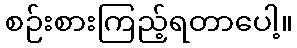
စဉ်းစားကြည့်ရတာပေါ့။